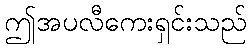
ဤအပလီကေးရှင်းသည်